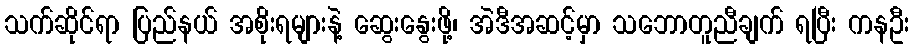
သက်ဆိုင်ရာ ပြည်နယ် အစိုးရများနဲ့ ဆွေးနွေးဖို့၊ အဲဒီအဆင့်မှာ သဘောတူညီချက် ရပြီး ကနဦး